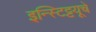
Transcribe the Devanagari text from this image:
इन्स्टिट्टयूचे